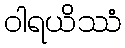
ဝါရယိဿံ